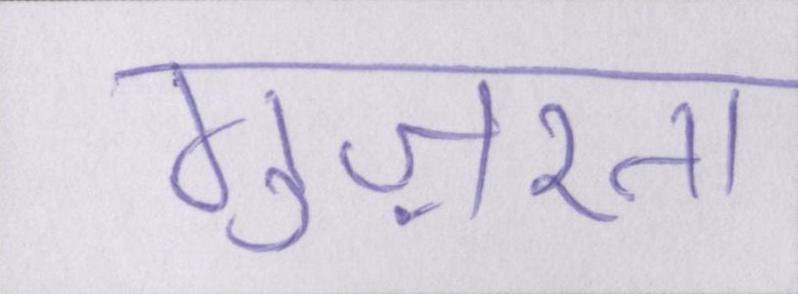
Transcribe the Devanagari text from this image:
गुज़रता